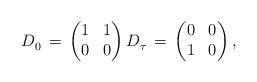
LaTeX: \begin{align*} D^{}_{0} \, = \, \begin{pmatrix} 1 & 1 \\ 0 & 0 \end{pmatrix} D^{}_{\tau} \, = \, \begin{pmatrix} 0 & 0 \\ 1 & 0 \end{pmatrix} ,\end{align*}